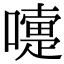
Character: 嚏